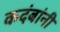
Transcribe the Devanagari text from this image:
कदंबांनी